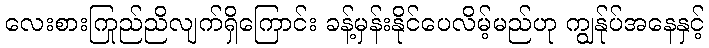
လေးစားကြည်ညိုလျက်ရှိကြောင်း ခန့်မှန်းနိုင်ပေလိမ့်မည်ဟု ကျွန်ုပ်အနေနှင့်